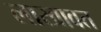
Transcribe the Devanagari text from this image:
लाखावत